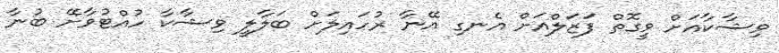
ވިޝާކާއަށް ވީގޮތް ފަޒަލްއަށް އެނގި އޭނާ ރުހައިލަށް ބަލާލީ ވިޝާކާ ހުއްޓުވާށޭ ބުނާ